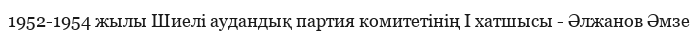
1952-1954 жылы Шиелі аудандық партия комитетінің І хатшысы - Әлжанов Әмзе